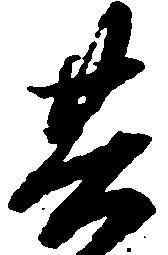
其